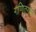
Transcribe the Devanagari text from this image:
गणितगम्य